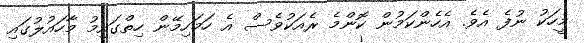
މީހަކު ނުފެ އެވެ. އެހެންކަމުން ކޮންމެ ރެއަކުވެސް އެ ހަމަހިމޭން ހިތްގައިމު މާހައުލުގައި